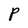
Character: p